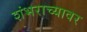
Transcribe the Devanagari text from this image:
शंभराच्यावर